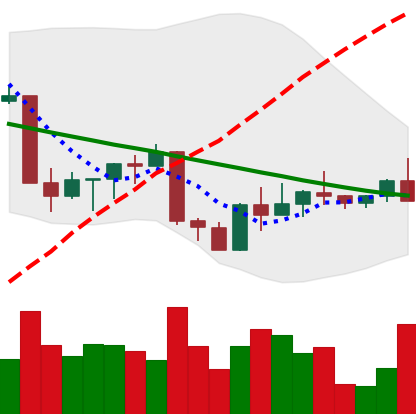
Ticker: ETH-USD
Chart end date: 2022-09-06
Forward return: 12.809%
Label: up_7plus